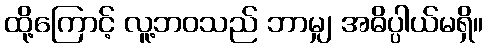
ထို့ကြောင့် လူ့ဘဝသည် ဘာမျှ အဓိပ္ပါယ်မရှိ။